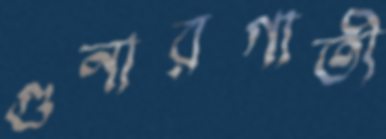
গুনারগাতী